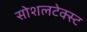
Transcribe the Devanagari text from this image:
सोशलटेक्स्ट